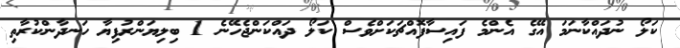
ކަލޯ ނުދައްކާނަމަ އޭގެ އެންމެ ފައިސާފޮއްޗަކަށްވެސް ކަލޯ ދައްކަންޖެހޭނެ 1 ބިލިޔަންރުފިޔާ ހަނދާންކުރާތި